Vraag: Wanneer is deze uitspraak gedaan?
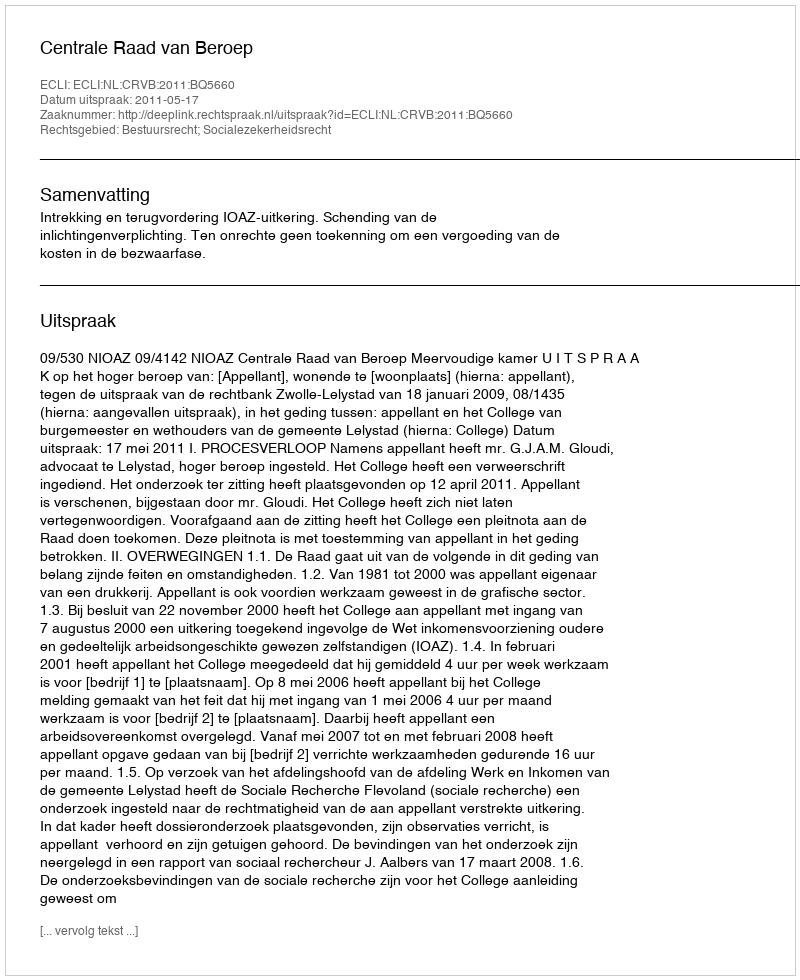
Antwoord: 2011-05-17